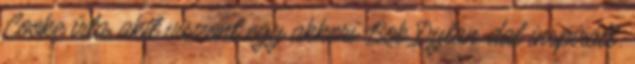
Cooke írta, akit viszont egy akkori Bob Dylan-dal inspirált.